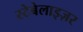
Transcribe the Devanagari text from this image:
स्टेबेलाइज़र